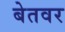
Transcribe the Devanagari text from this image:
बेतवर